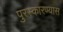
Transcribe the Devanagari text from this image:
पुरस्कारण्यास